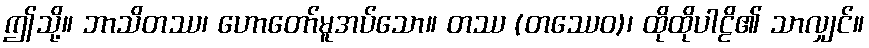
ဤသို့။ ဘာသိတဿ၊ ဟောတော်မူအပ်သော။ တဿ (တဿေဝ)၊ ထိုထိုပါဠိ၏ သာလျှင်။